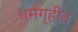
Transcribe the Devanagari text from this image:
धर्मगृहीत